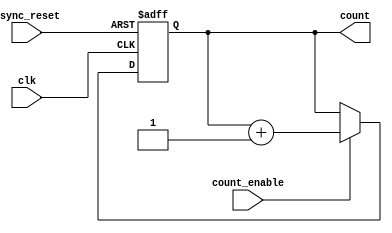
module async_counter (
    input wire clk,             // Clock input
    input wire async_reset,     // Asynchronous reset input
    input wire count_enable,     // Count enable input
    output reg [N-1:0] count    // Counter output (N-bit)
);
    parameter N = 4; // Number of bits in the counter, can be changed as needed

    // Always block for counting and reset logic
    always @(posedge clk or posedge async_reset) begin
        if (async_reset) begin
            count <= 0; // Reset the counter to 0
        end else if (count_enable) begin
            count <= count + 1; // Increment the counter
        end
    end

endmodule